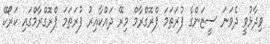
ވިދާޅުވީ ދެވަަނަ ސީޒަންގެ ފުރަތަމަ ޕްރޮގްރާމް މިރޭ ދައްކާއިރު ފުރަތަމަ ޕްރޮގްރާމްގައި ކަރޯކޭ